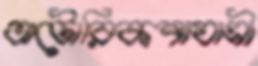
অটোরিকশাযাত্রী